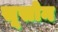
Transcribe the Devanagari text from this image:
सूसोन